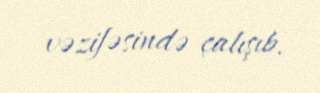
vəzifəsində çalışıb.